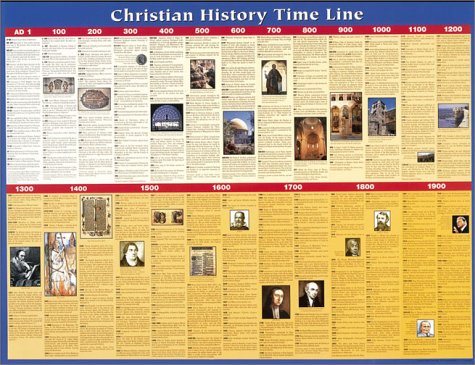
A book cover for Christian History Time Line: Shows 2000 Years of Church History at a Glance. Incudes Brief Explanations of More Than 200 Key People and Events That; Christian Books & Bibles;